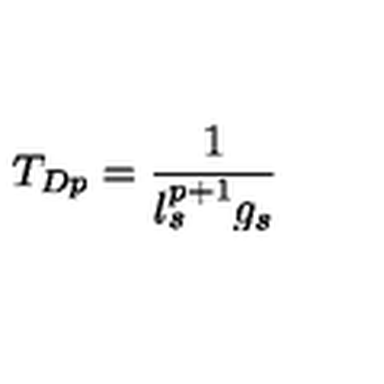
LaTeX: T _ { D p } = \frac { 1 } { l _ { s } ^ { p + 1 } g _ { s } }